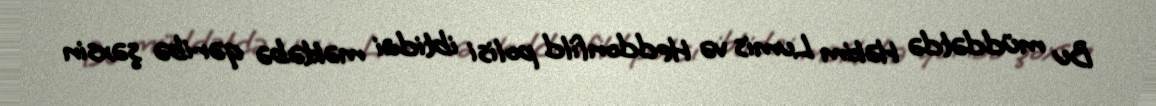
Bu müddətdə Həkim Lumis və Heddonfild polisi ibtidai məktəbə qəribə şəxsin